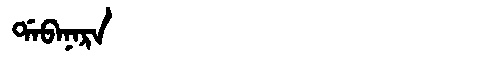
Manchu: ᡩᠠᠪᠠᠨᠠᡵᠠ
Romanization: DABANARA